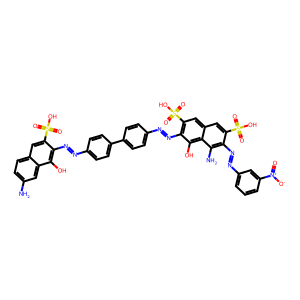
SMILES: Nc1ccc2cc(S(=O)(=O)O)c(N=Nc3ccc(-c4ccc(N=Nc5c(S(=O)(=O)O)cc6cc(S(=O)(=O)O)c(N=Nc7cccc([N+](=O)[O-])c7)c(N)c6c5O)cc4)cc3)c(O)c2c1
Inhibits HIV replication: Yes